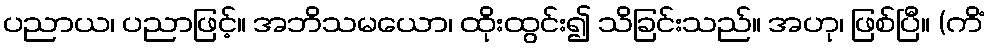
ပညာယ၊ ပညာဖြင့်။ အဘိသမယော၊ ထိုးထွင်း၍ သိခြင်းသည်။ အဟု၊ ဖြစ်ပြီ။ (ကိံ